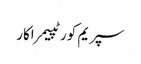
سپریم کورٹپیمراکار